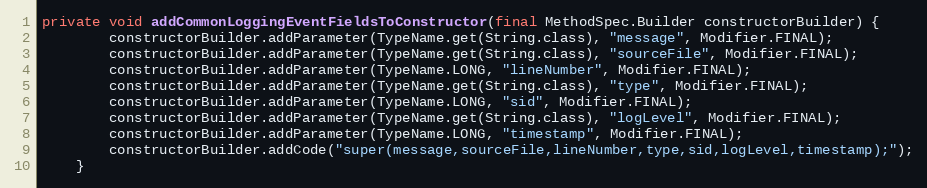
Language: Java
private void addCommonLoggingEventFieldsToConstructor(final MethodSpec.Builder constructorBuilder) {
        constructorBuilder.addParameter(TypeName.get(String.class), "message", Modifier.FINAL);
        constructorBuilder.addParameter(TypeName.get(String.class), "sourceFile", Modifier.FINAL);
        constructorBuilder.addParameter(TypeName.LONG, "lineNumber", Modifier.FINAL);
        constructorBuilder.addParameter(TypeName.get(String.class), "type", Modifier.FINAL);
        constructorBuilder.addParameter(TypeName.LONG, "sid", Modifier.FINAL);
        constructorBuilder.addParameter(TypeName.get(String.class), "logLevel", Modifier.FINAL);
        constructorBuilder.addParameter(TypeName.LONG, "timestamp", Modifier.FINAL);
        constructorBuilder.addCode("super(message,sourceFile,lineNumber,type,sid,logLevel,timestamp);");
    }